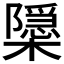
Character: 𭬚